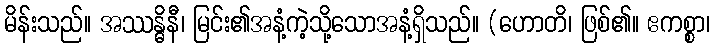
မိန်းသည်။ အဿန္ဓိနီ၊ မြင်း၏အနံ့ကဲ့သို့သောအနံ့ရှိသည်။ (ဟောတိ၊ ဖြစ်၏။ ဧကစ္စာ၊